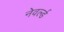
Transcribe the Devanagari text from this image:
नेवर्ल्ड